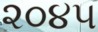
૨૦૪૫